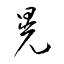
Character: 晃